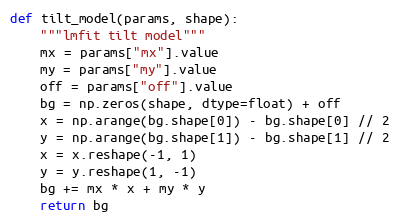
Language: Python
def tilt_model(params, shape):
    """lmfit tilt model"""
    mx = params["mx"].value
    my = params["my"].value
    off = params["off"].value
    bg = np.zeros(shape, dtype=float) + off
    x = np.arange(bg.shape[0]) - bg.shape[0] // 2
    y = np.arange(bg.shape[1]) - bg.shape[1] // 2
    x = x.reshape(-1, 1)
    y = y.reshape(1, -1)
    bg += mx * x + my * y
    return bg